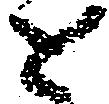
と